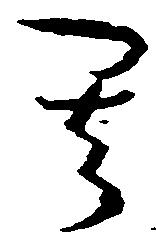
其